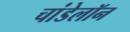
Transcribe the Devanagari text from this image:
चांडेलॉन